Report of the Indian Hemp Drugs Commission, 1894-1895 - Volume I
Year: 1894
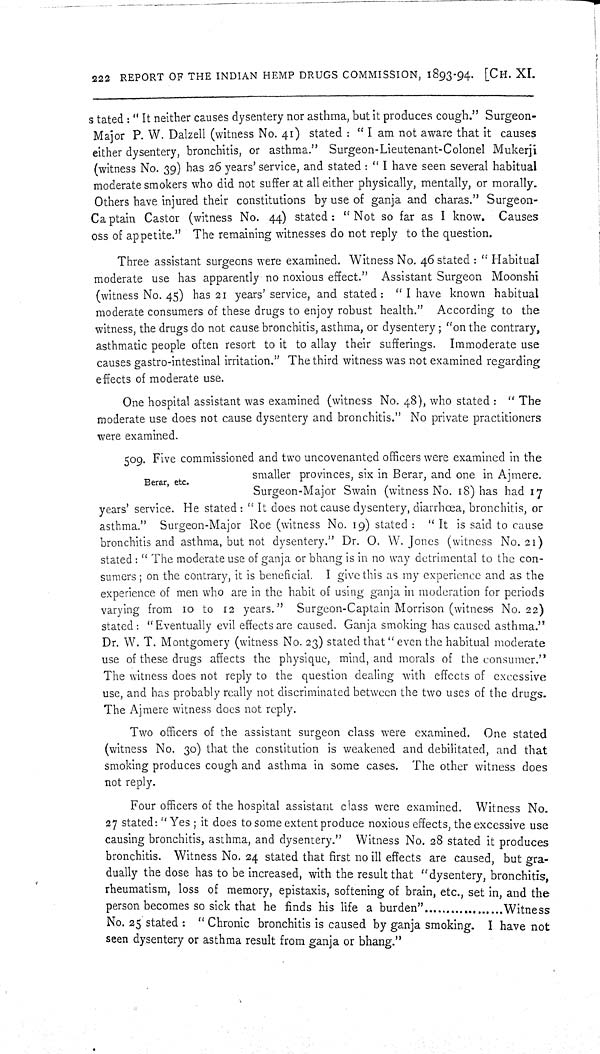
222 REPORT OF THE INDIAN HEMP DRUGS COMMISSION, 1893-94. [CH. XI.
stated: "It neither causes dysentery nor asthma, but it produces cough." Surgeon-
Major P. W. Dalzell (witness No. 41) stated: "I am not aware that it causes
either dysentery, bronchitis, or asthma." Surgeon-Lieutenant-Colonel Mukerji
(witness No. 39) has 26 years' service, and stated: "I have seen several habitual
moderate smokers who did not suffer at all either physically, mentally, or morally.
Others have injured their constitutions by use of ganja and charas." Surgeon-
Captain Castor (witness No. 44) stated: "Not so far as I know. Causes
oss of appetite." The remaining witnesses do not reply to the question.
Three assistant surgeons were examined. Witness No. 46 stated: "Habitual
moderate use has apparently no noxious effect." Assistant Surgeon Moonshi
(witness No. 45) has 21 years' service, and stated: "I have known habitual
moderate consumers of these drugs to enjoy robust health." According to the
witness, the drugs do not cause bronchitis, asthma, or dysentery; "on the contrary,
asthmatic people often resort to it to allay their sufferings. Immoderate use
causes gastro-intestinal irritation." The third witness was not examined regarding
effects of moderate use.
One hospital assistant was examined (witness No. 48), who stated: "The
moderate use does not cause dysentery and bronchitis." No private practitioners
were examined.
Berar, etc.
509. Five commissioned and two uncovenanted officers were examined in the
smaller provinces, six in Berar, and one in Ajmere.
Surgeon-Major Swain (witness No. 18) has had 17
years' service. He stated: "It does not cause dysentery, diarrhœa, bronchitis, or
asthma." Surgeon-Major Roe (witness No. 19) stated: "It is said to cause
bronchitis and asthma, but not dysentery." Dr. O. W. Jones (witness No. 21)
stated: "The moderate use of ganja or bhang is in no way detrimental to the con-
sumers; on the contrary, it is beneficial. I give this as my experience and as the
experience of men who are in the habit of using ganja in moderation for periods
varying from 10 to 12 years." Surgeon-Captain Morrison (witness No. 22)
stated: "Eventually evil effects are caused. Ganja smoking has caused asthma."
Dr. W. T. Montgomery (witness No. 23) stated that "even the habitual moderate
use of these drugs affects the physique, mind, and morals of the consumer."
The witness does not reply to the question dealing with effects of excessive
use, and has probably really not discriminated between the two uses of the drugs.
The Ajmere witness does not reply.
Two officers of the assistant surgeon class were examined. One stated
(witness No. 30) that the constitution is weakened and debilitated, and that
smoking produces cough and asthma in some cases. The other witness does
not reply.
Four officers of the hospital assistant class were examined. Witness No.
27 stated: "Yes; it does to some extent produce noxious effects, the excessive use
causing bronchitis, asthma, and dysentery." Witness No. 28 stated it produces
bronchitis. Witness No. 24 stated that first no ill effects are caused, but gra-
dually the dose has to be increased, with the result that "dysentery, bronchitis,
rheumatism, loss of memory, epistaxis, softening of brain, etc., set in, and the
person becomes so sick that he finds his life a burden"..................Witness
No. 25 stated: "Chronic bronchitis is caused by ganja smoking. I have not
seen dysentery or asthma result from ganja or bhang."